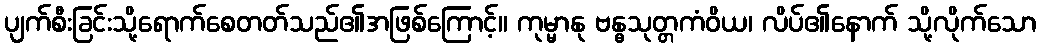
ပျက်စီးခြင်းသို့ရောက်စေတတ်သည်၏အဖြစ်ကြောင့်။ ကုမ္မာနု ဗန္ဓသုတ္တကံဝိယ၊ လိပ်၏နောက် သို့လိုက်သော